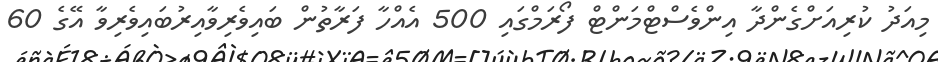
މިއަދު ކުރިއަށްގެންދާ އިންވެސްޓްމަންޓް ފޯރަމްގައި 500 އެއްހާ ފަރާތުން ބައިވެރިވާއިރުބައިވެރިވާ އޭގެ 60